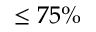
\le 7 5 \%